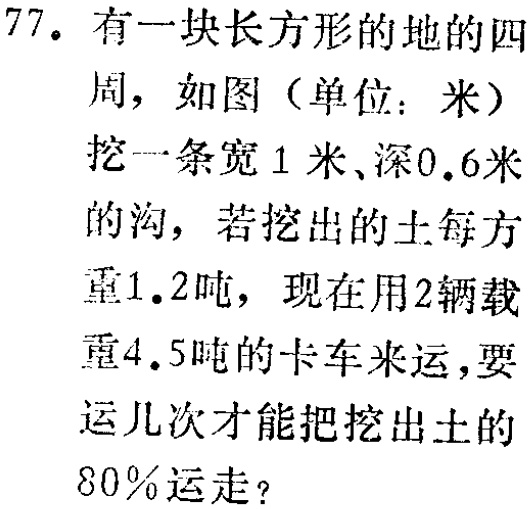
77. 有一块长方形的地的四

周，如图（单位：米）

挖一条宽1米、深0.6米

的沟，若挖出的土每方

重1.2吨，现在用2辆载

重4.5吨的卡车来运，要

运几次才能把挖出土的

80%运走？